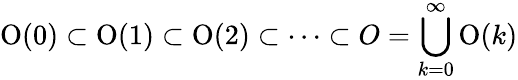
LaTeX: \operatorname{O}(0)\subset\operatorname{O}(1)\subset\operatorname{O}(2)\subset\cdots\subset O=\bigcup_{k=0}^{\infty}\operatorname{O}(k)